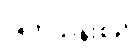
ဖြတ်သန်းစဉ်